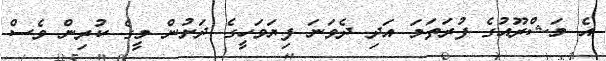
އެ މަޝްރޫއުގެ ފުރަތަމަ އަދި ދެވަނަ ފިޔަވަހީގެ ދަށުން މީގެ ކުރިން ވެސް